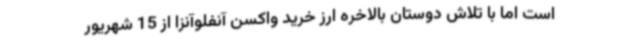
است اما با تلاش دوستان بالاخره ارز خرید واکسن آنفلوآنزا از 15 شهریور